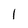
Character: 1